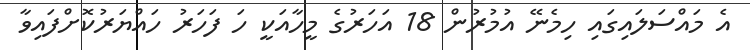
އެ މައްސަލައިގައި ހިމެނޭ އުމުރުން 18 އަހަރުގެ މީހާއަކީ ހަ ފަހަރު ހައްޔަރުކޮށްފައިވާ